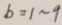
b = 1 \sim 9